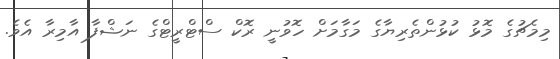
މިމެޗުގެ މޮޅު ކުޅުންތެރިޔާގެ މަގާމަށް ހޮވުނީ ރޮކް ސްޓްރީޓްގެ ނަޝްފާ އާމިރާ އެވެ.